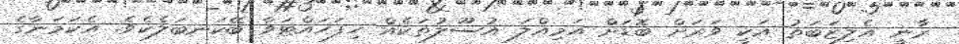
ރާނީ އެލިޒަބަތު އަކީ ވަރަށް ބޮޑަށް އަމިއްލަ އުސޫލުތަކެއް ހިފަހައްޓަވާ ބޭކަނބަލެކެވެ. އެކަމަނާގެ